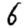
Digit: 6